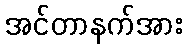
အင်တာနက်အား